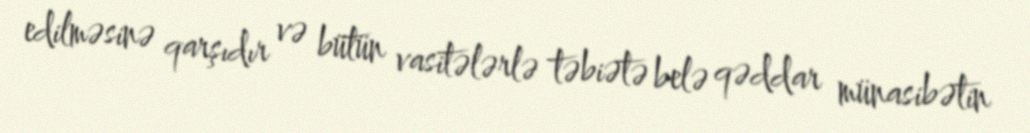
edilməsinə qarşıdır və bütün vasitələrlə təbiətə belə qəddar münasibətin